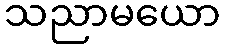
သညာမယော